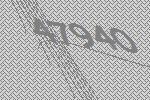
47940